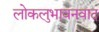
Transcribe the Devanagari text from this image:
लोकलुभावनवाद